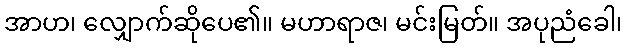
အာဟ၊ လျှောက်ဆိုပေ၏။ မဟာရာဇ၊ မင်းမြတ်။ အပုညံခေါ၊